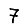
Digit: 7